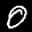
Label: 0